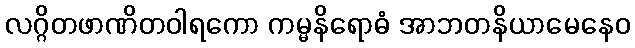
လဂ္ဂိတဖာဏိတဝါရကော ကမ္မနိရောဓံ အာဘတနိယာမေနေဝ